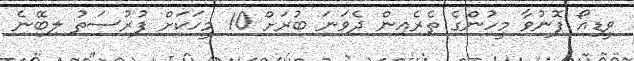
ވީޑިއޯ ފޮނުވާ މީހުންގެ ތެރެއިން ދެވަނަ ބުރަށް 10 މީހަކަށް ފުރުސަތު ލިބޭނެ